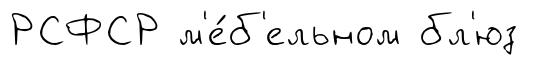
РСФСР м'е́б'ельном бл'юз